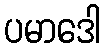
ပမာဒေါ